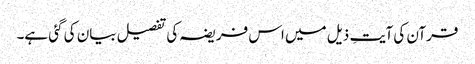
قرآن کی آیتِ ذیل میں اس فریضہ کی تفصیل بیان کی گئی ہے۔